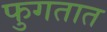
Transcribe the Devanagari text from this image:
फुगतात